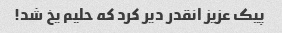
پیک عزیز انقدر دیر کرد که حلیم یخ شد!